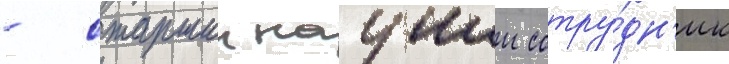
- старшии научныи сотру́дн'ик